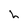
Character: h